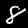
Label: 8